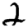
Digit: 2